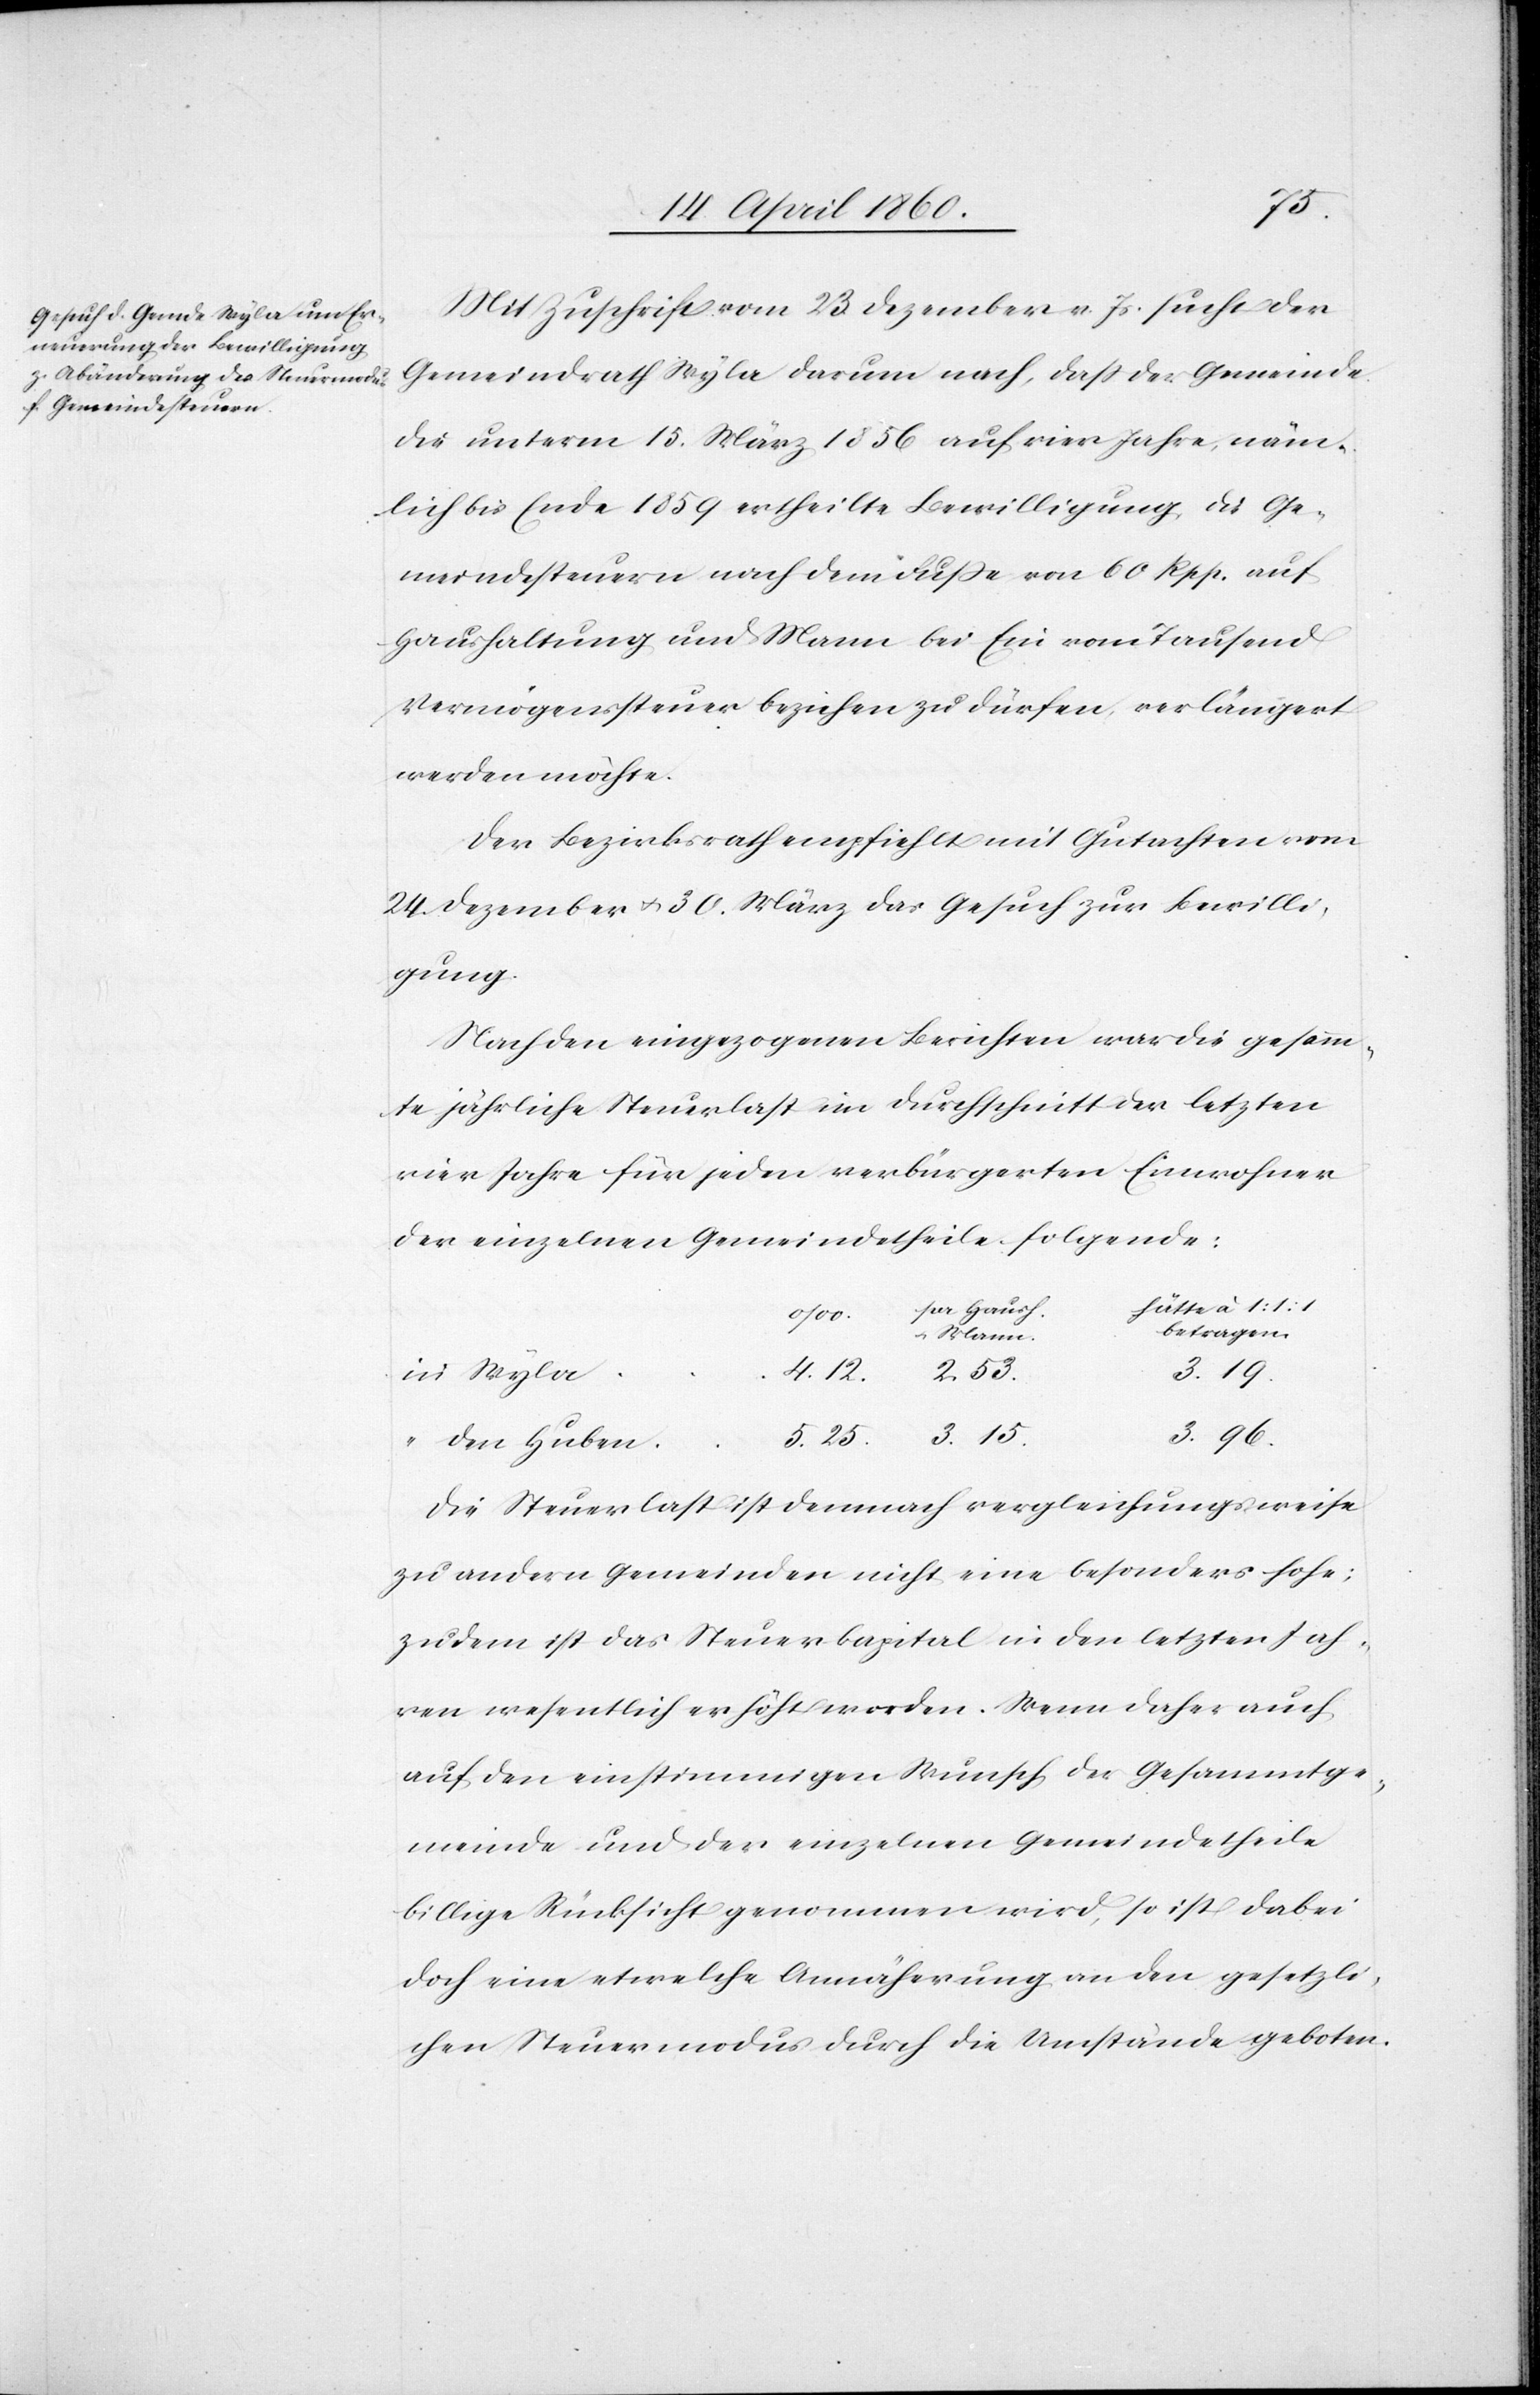
Mit Zuschrift vom 23. Dezember v. Js. sucht der
Gemeindrath Wyla darum nach, dass der Gemeinde
die unterm 15. März 1856 auf vier Jahre, näm¬
lich bis Ende 1859 ertheilte Bewilligung, die Ge¬
meindesteuern nach dem Fusse von 60. Rpp. auf
Haushaltung und Mann bei Ein vom Tausend
Vermögenssteuer beziehen zu dürfen, verlängert
werden möchte.
Der Bezirksrath empfiehlt mit Gutachten vom
24. Dezember u. 30. März das Gesuch zur Bewilli¬
gung.
Nach den eingezogenen Berichten war die gesamm¬
te jährliche Steuerlast im Durchschnitt der letzten
vier Jahre für jeden verbürgerten Einwohner
der einzelnen Gemeindetheile folgende:
pr. Haush.
betragen
u. Mann.
2. 53.
3. 19.
4. 12.
3. 96.
3. 15
den Huben
25.
Die Steuerlast ist demnach vergleichungsweise
zu andern Gemeinden nicht eine besonders hohe;
zudem ist das Steuerkapital in den letzten Jah¬
ren wesentlich erhöht worden. Wenn daher auch
auf den einstimmigen Wunsch der Gesammtge¬
meinde und der einzelnen Gemeindetheile
billige Rücksicht genommen wird, so ist dabei
doch eine etwelche Annäherung an den gesetzli¬
chen Steuermodus durch die Umstände geboten.